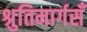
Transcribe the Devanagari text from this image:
श्रुतिमार्गसँ